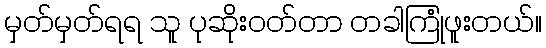
မှတ်မှတ်ရရ သူ ပုဆိုးဝတ်တာ တခါကြုံဖူးတယ်။